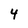
Character: 4